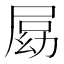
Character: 𡲍